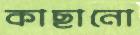
কাছানো